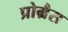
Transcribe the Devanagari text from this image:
प्रोग्रैस